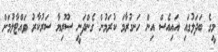
މީގެ ބަދަލުގައި އައިއެސް އިން ހަނގުރާމަ ކުރަމުން ގެންދަނީ ސޫރިޔާ ސަރުކާރު ވައްޓާލުމަށް